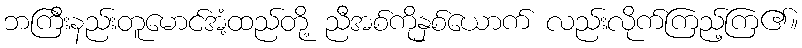
ဘကြီးနည်းတူမောင်အံ့ထည်တို့ ညီအစ်ကိုနှစ်ယောက် လည်းလိုက်ကြည့်ကြ၏။